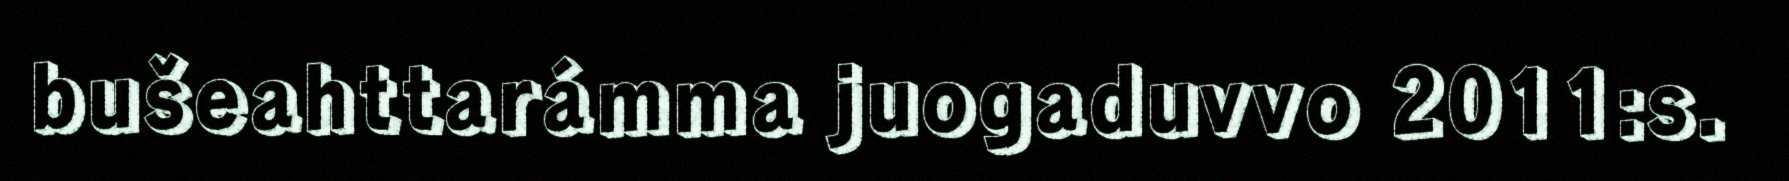
bušeahttarámma juogaduvvo 2011:s.